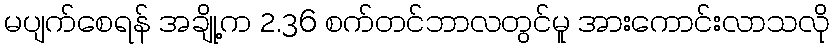
မပျက်စေရန် အချို့က 2.36 စက်တင်ဘာလတွင်မူ အားကောင်းလာသလို